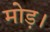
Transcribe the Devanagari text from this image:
मोड़।